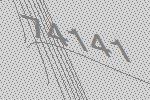
74141